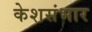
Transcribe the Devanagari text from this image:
केशसंभार